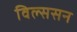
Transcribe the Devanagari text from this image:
विल्ससन